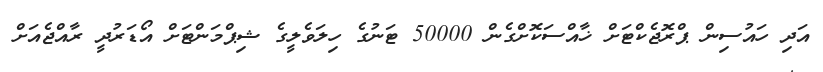
އަދި ހައުސިން ޕްރޮޖެކްޓަށް ޚާއްސަކޮށްގެން 50000 ޓަނުގެ ހިލަވެލީގެ ޝިޕްމަންޓަށް އޯޑަރުދީ ރާއްޖެއަށް